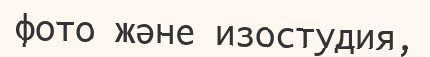
фото және изостудия,